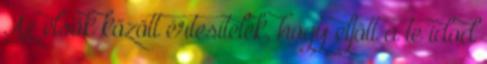
Az elsők között értesítelek, hogy eljött a te időd